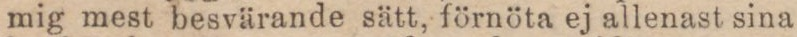
mig mest besvärande sätt, förnöta ej allenast sina